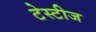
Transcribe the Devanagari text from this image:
टेस्टीज